Suure-Kopu_vallavalitsus, lk 13
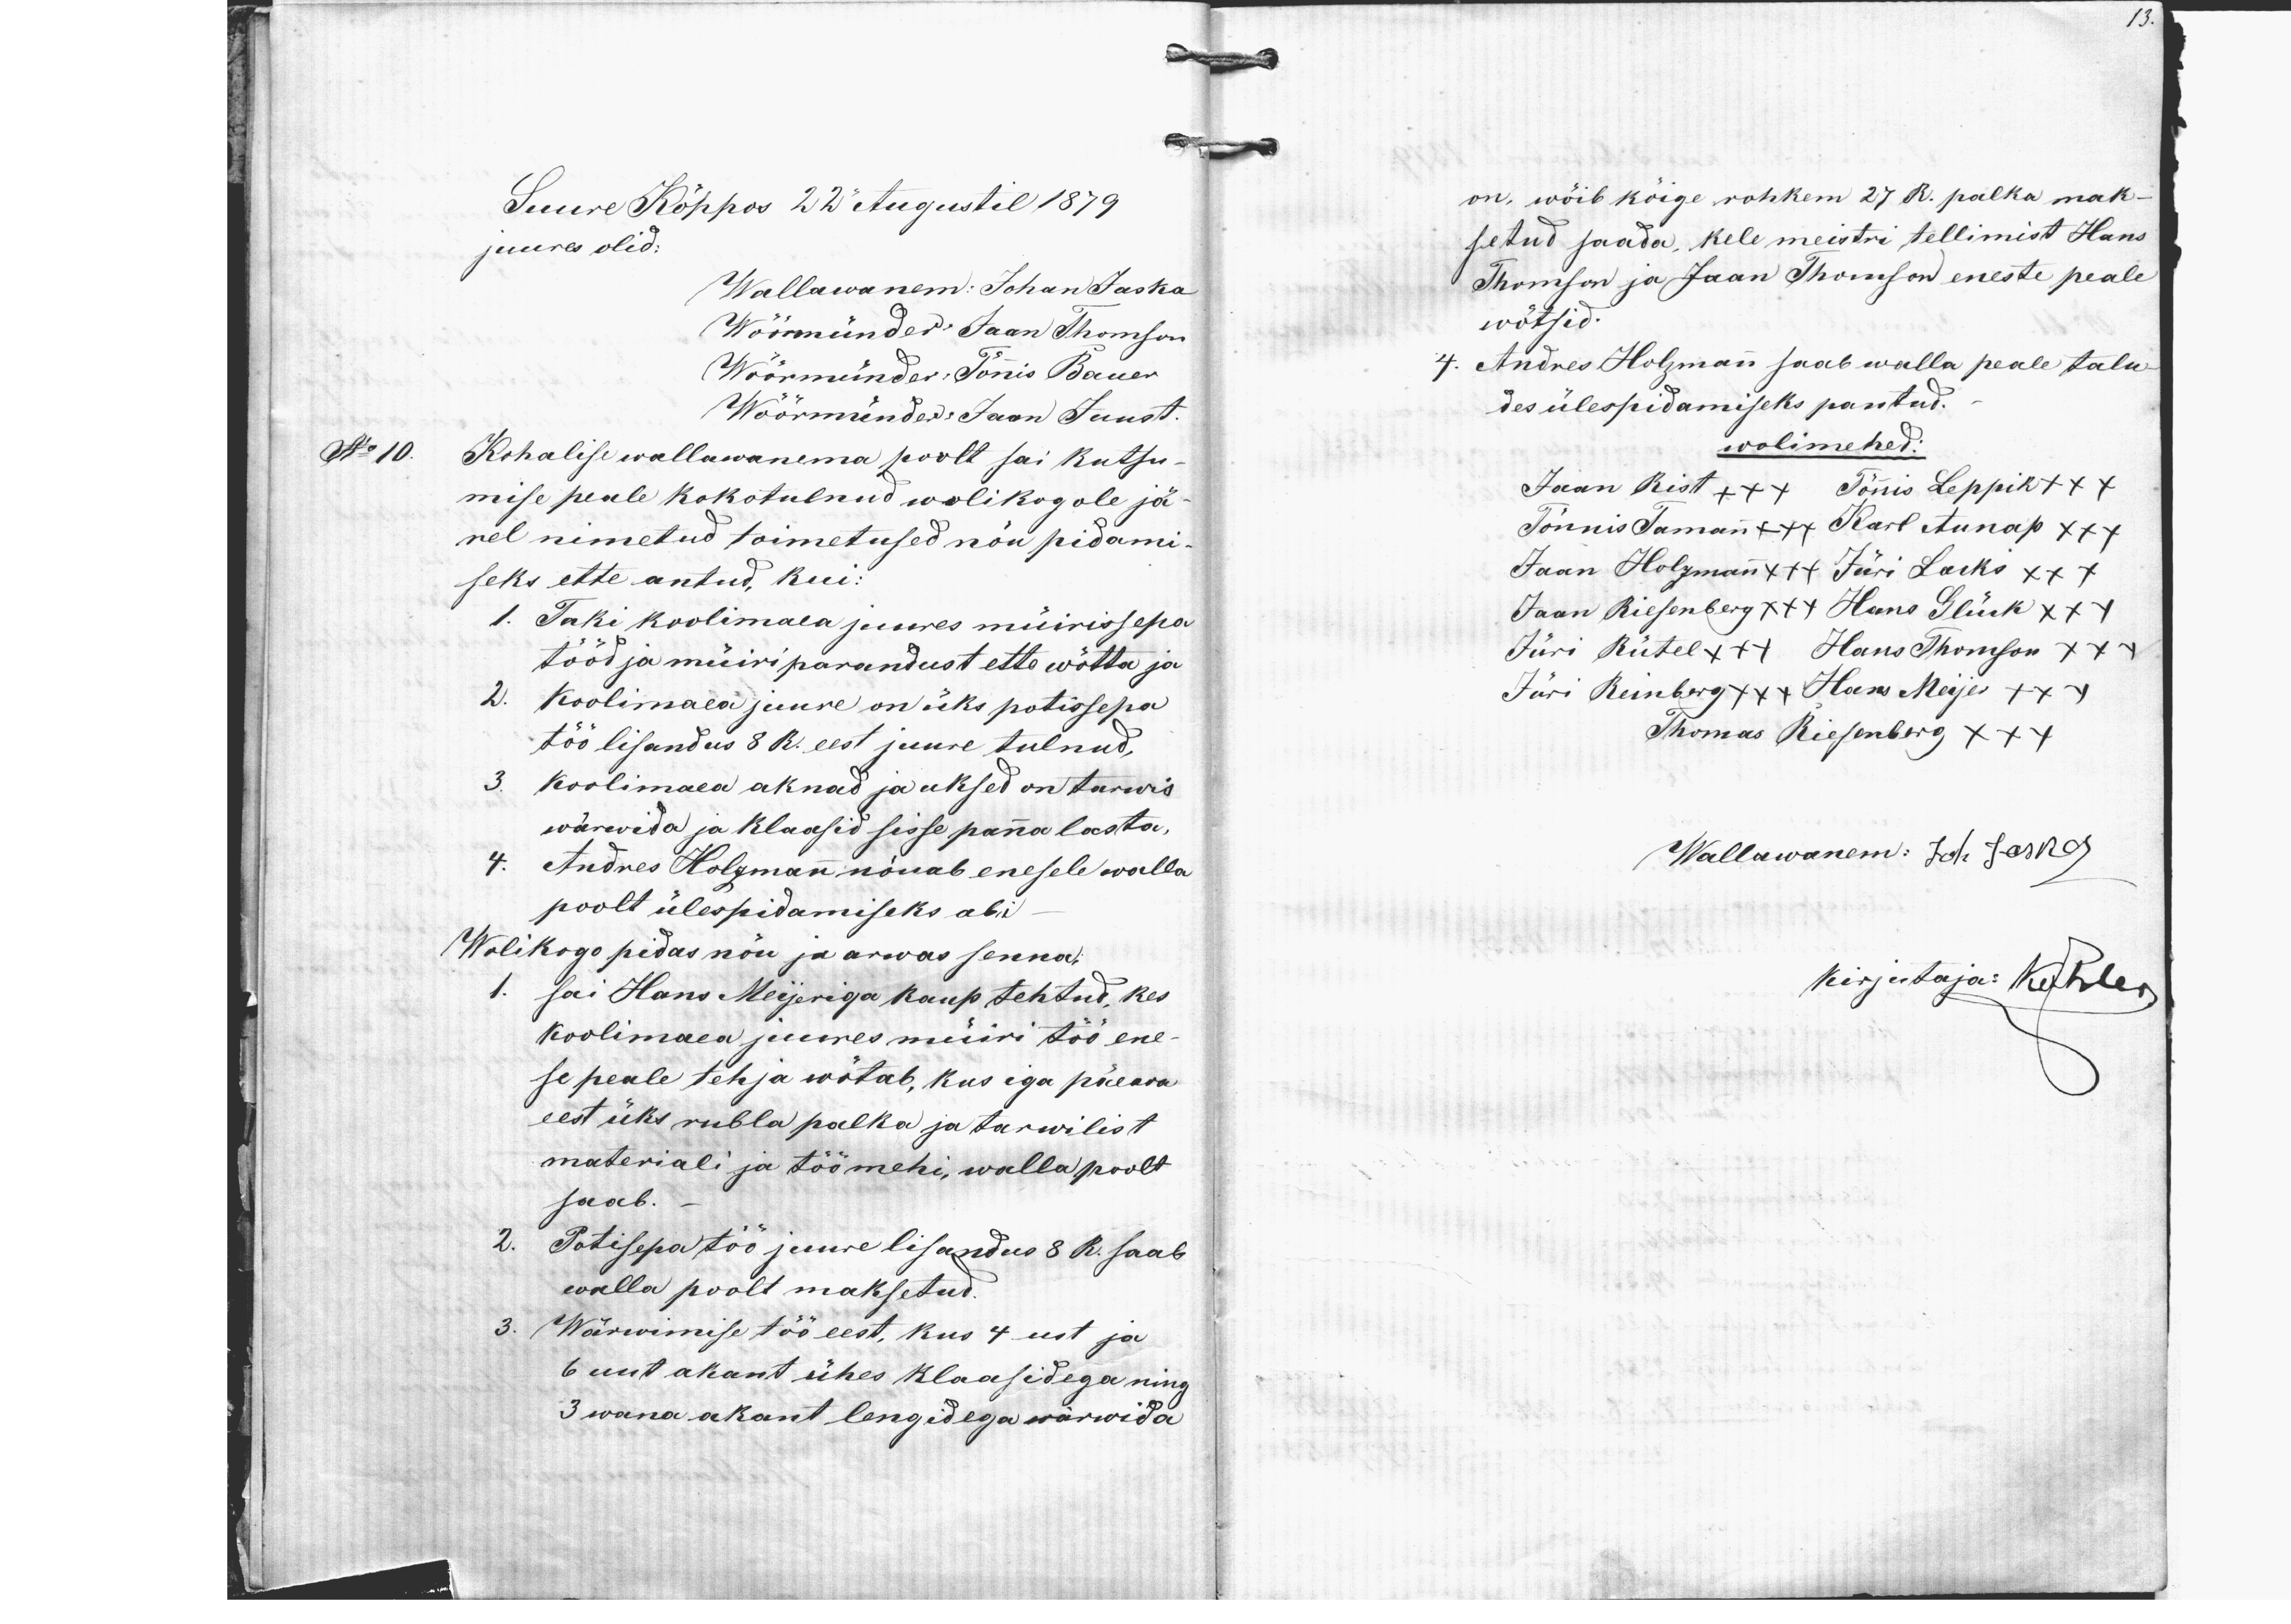
13.

Suure Kõppos 22 Augustil 1879.
juures olid:
Wallawanem: Johan Jaska
Wöörmünder Jaan Thomson
Wöörmünder: Tõnnis Bauer
Wöörmündet: Jaan Juust.
No 10.
Kohalise wallawanema poolt sai kutsu-
mise peale kokotulnud wolikogole jä-
rel nimetud toimetused nõu pidami-
seks ette antud, kui:
1. Taki koolimaea juures müirissepa
tööd ja müiri parandust ette wõtta ja
2. Koolimaea juure on üks potissepa
töö lisandus 8 R. eest juure tulnud,
3. Koolimaea aknad ja uksed on tarwis
wärwida ja klaasid sisse panna lasta
4. Andres Holzmann nõuab enesele walla
poolt ülespidamiseks abi
Wolikogo pidas nõu ja arwas senna:
1. sai Hans Meijeriga kaup tehtud, kes
koolimaea juures müüri töö ene-
se peale tehja wõtab, kus iga päewa
eest üks rubla palka ja tarwilist
materiali ja töömehi, walla poolt
saab.
2. 2 Potisepa töö juure lisandus 8 R. saab
walla poolt maksetud.
3. Wärvimise töö eest, kus 4 ust ja
6 uut akant ühes klaasidega ning
3 wana akant lengidega wärwida

on, wõib kõige rohkem 27 R. palka mak-
setud saada, kele meistri tellimist Hans
Thomson ja Jaan Thomson eneste peale
wõtsid.
4. Andres Holzmann saab walla peale talu-
des ülespidamiseks pantud.
wolimehed:
Jaan Rist +xx Tõnnis Leppik xxx
Tõnnis Tamann +++ Karl Aunap xxx
Jaan Holzmann x++ Jüri Lacks xxx
Jaan Riesenberg x++ Hans Glück xxx
Jüri Rütel x++ Hans Thomson xxx
Jüri Reinberg +x+ Hans Meijer +xx
Thomas Riesenberg xxx
Wallawanem: Joh. Jaska
kirjutaja: Köhler